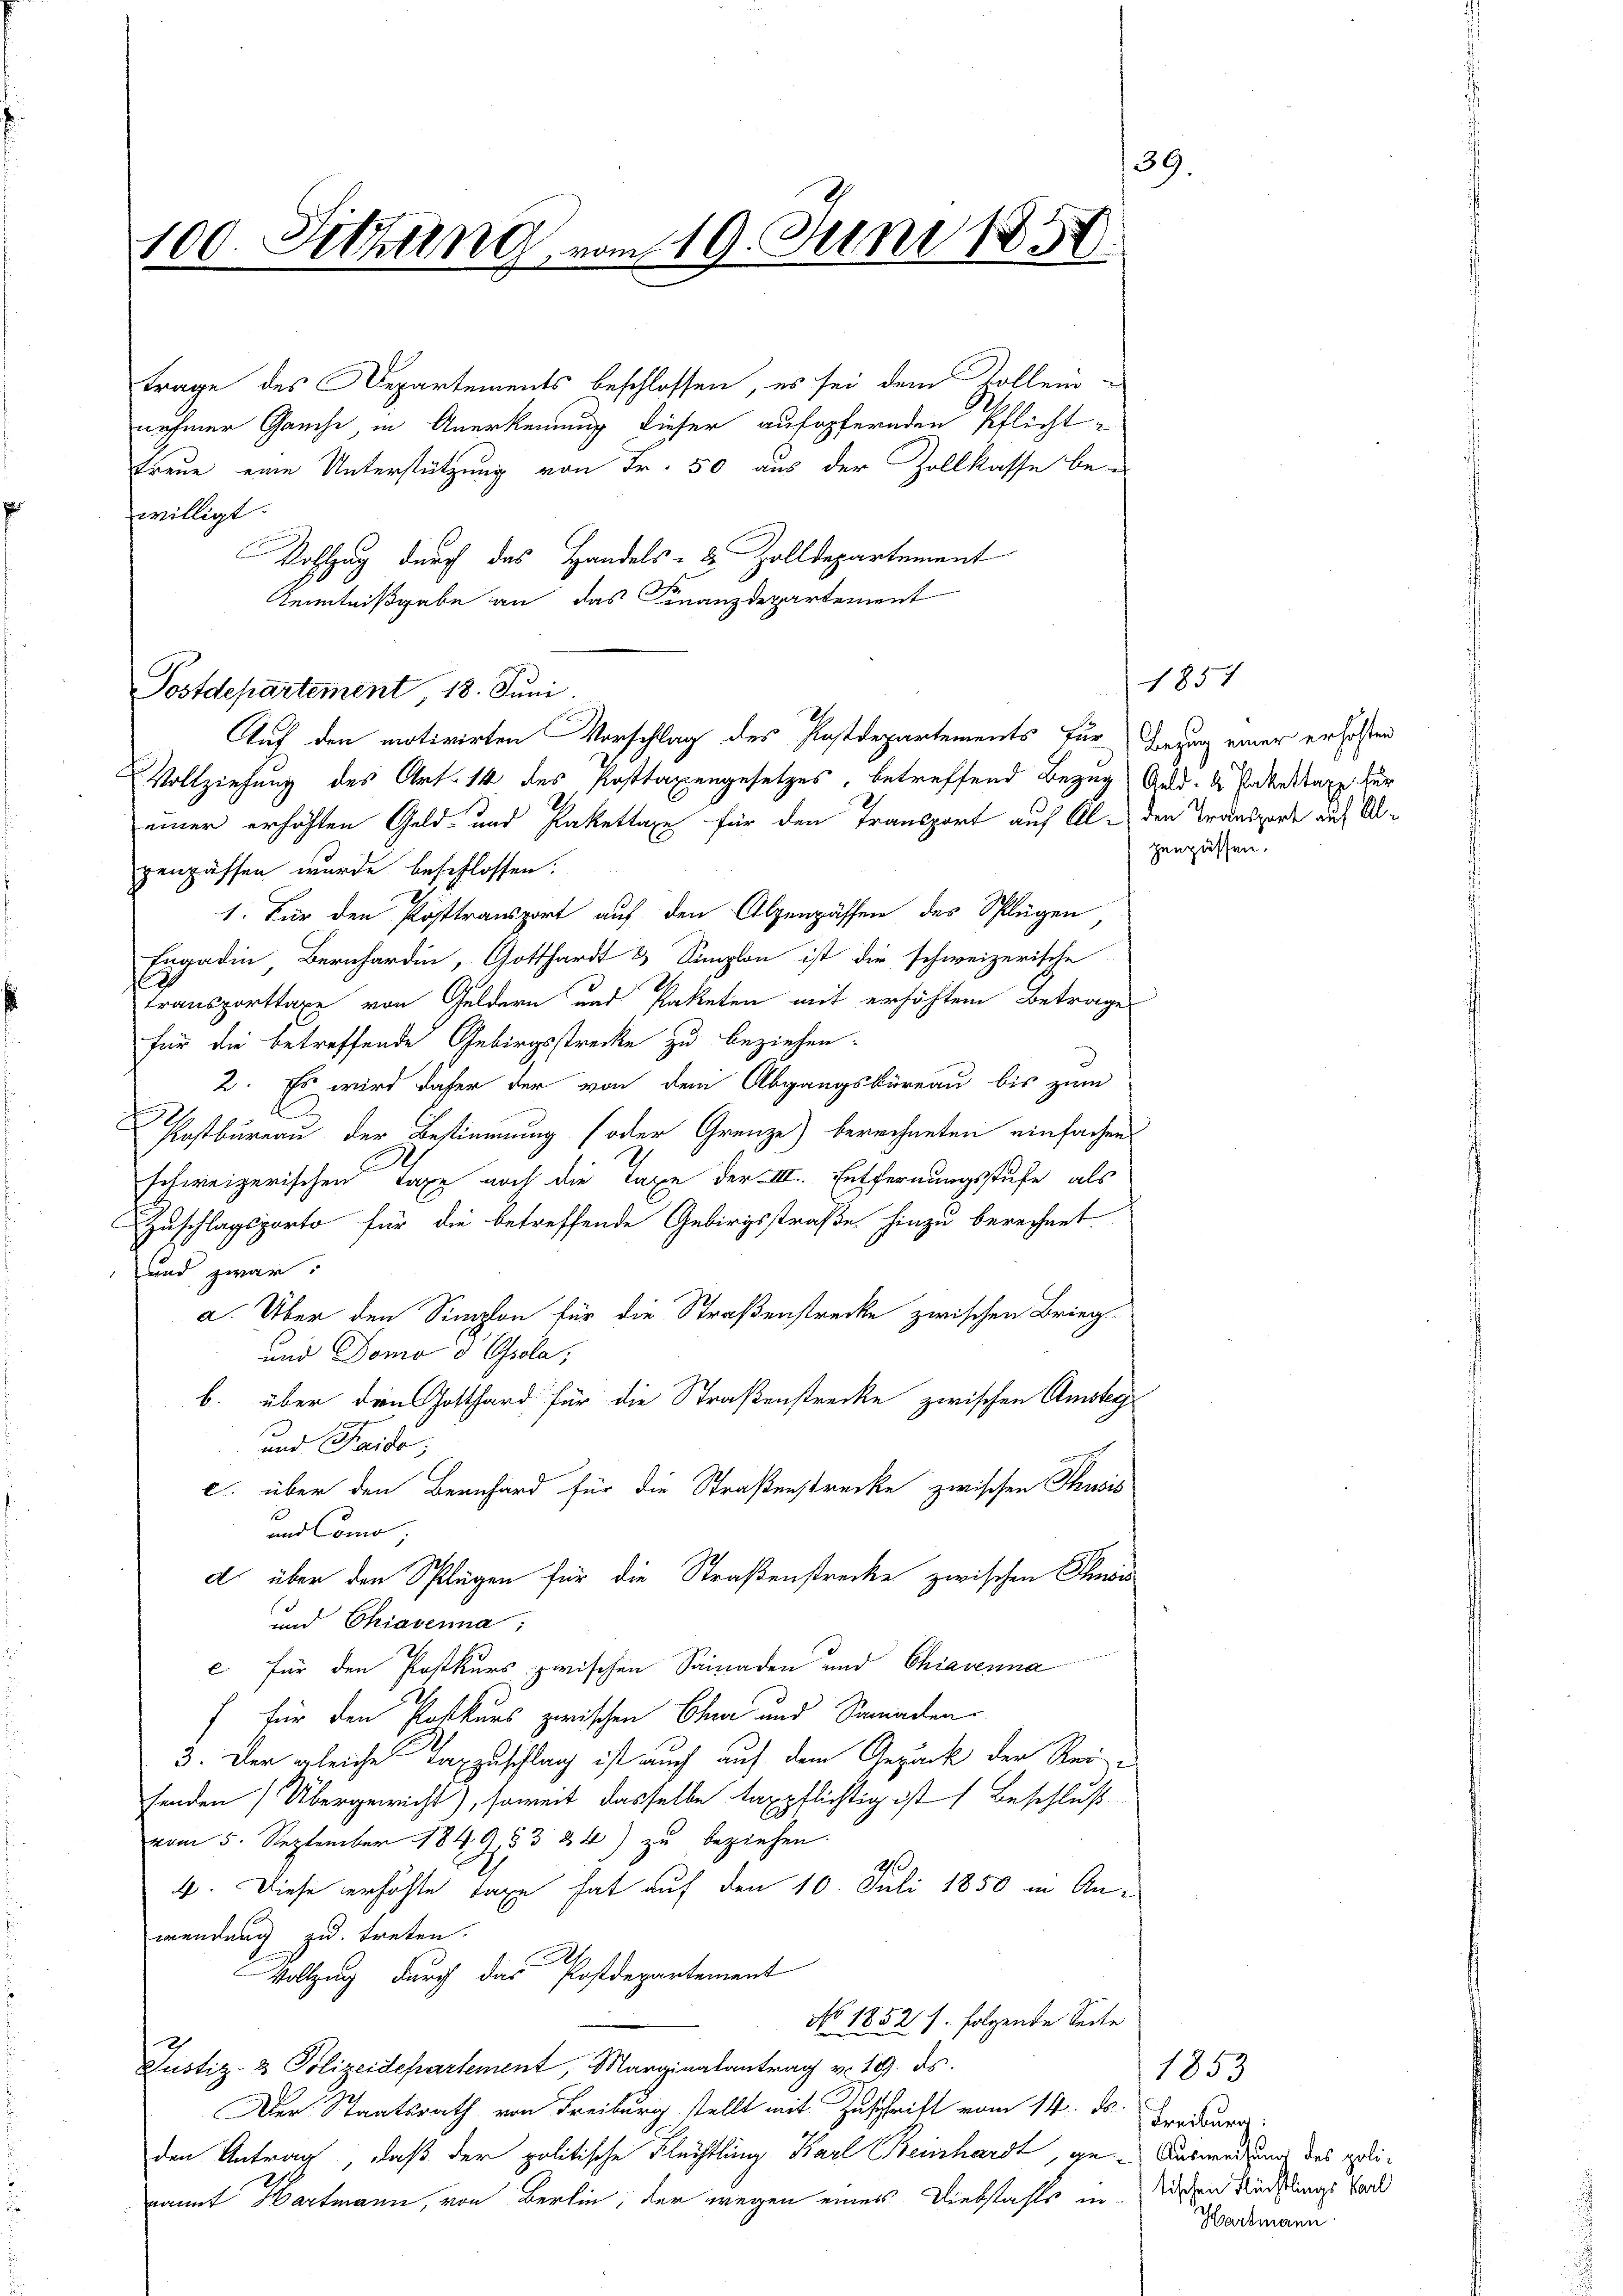
39.
100. Sitzung vom 19. Juni 1857.

trage des Departements beschlossen, es sei dem Zollein-
nehmer Gauche, in Anerkennung dieser aufopfernden Pflichttreue eine Unterstützung von Fr. 50 aus der Zollkasse be-
willigt.
Vollzug durch das Handels- & Zolldepartement
Kenntnißgabe an das Finanzdepartement
Vollziehung des Art. 14 des Posttaxengesetzes, betreffend Bezug Gld. d. Partertaxe für
einer erhöhten Geld- und Pakettaxe für den Transport auf Al- den Transporde auf Angenpassen wurde beschlossen:
1. Für den Posttransport auf den Alpenpässen des Schlügen,
Engadin Bernhardin, Gotthardt & Simplon ist die schweizerische
transporttaxe von Geldern und Paketen mit erhöhtem Betrage
für die betreffende Gebirgsstrecke zu beziehen.
3
2. Es wird daher der von dem Abgangsbüreau bis zum
Postbureau der Bestimmung (oder Grenze) berechneten einfachen
schweizerischen Taxe noch die Taxe der III. Entfernungsstufe, als
Zuschlagsporto für die betreffende Gebirgsstraße hinzu berechnet.
und zwar:
a. Über den Singhon für die Straßenstrecke zwischen Brieg¬
und Domo d Gola,
b. über den Gotthard für die Straßenstrecke zwischen Amsteg
und Fraide,
c. über den Bernhard für die Straßenstrecke zwischen Thusis
und Como,
d über den Splügen für die Straßenstrecke zwischen Schmeis
und Chiavenna
c für den Postkurs zwischen Sainaden und Chiavenna
f für den Postkurs zwischen Cha und Samaden¬
3. Der gleiche Taxzuschlag ist auch auf dem Gepäck der Reisenden Übergewicht), soweit dasselbe taxpflichtig ist (Beschluß
vom 5. September 184953 24) zu beziehen.
h
4. Diese erhöhte Tage hat auf den 10. Juli 1850 in Anwendung zu treten.
A.
Vollzug durch das Postdepartement
No 1852 s. folgende Seite
Justiz- & Polizeidepartement, Marginalantrag v. 19. ds.
Der Staatsrath von Freiburg stellt mit Zuschrift vom 14. ds. Freiburg:
den Antrag, daß der politische Flüchtling Karl Reinhardt, ge-Auswendung des polidamit Hartmann, von Berlin, der wegen eines Diebstahls in. Diesen Rückflings Band

Postdepartement, 18. Juni.

Auf den motivirten Vorschlag des Postdepartements für Bezug einer erlosen

1851
zengüssen.

1853
Hartmann